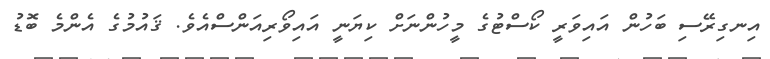
އިނގިރޭސި ބަހުން އައިވަރީ ކޯސްޓުގެ މީހުންނަށް ކިޔަނީ އައިވޯރިއަންސްއެވެ. ޤައުމުގެ އެންމެ ބޮޑު